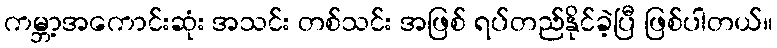
ကမ္ဘာ့အကောင်းဆုံး အသင်း တစ်သင်း အဖြစ် ရပ်တည်နိုင်ခဲ့ပြီ ဖြစ်ပါတယ်။